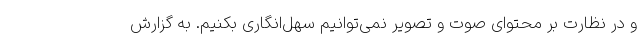
و در نظارت بر محتوای صوت و تصویر نمی‌توانیم سهل‌انگاری بکنیم. به گزارش